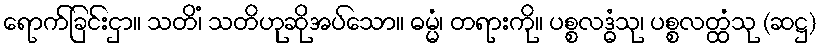
ရောက်ခြင်းငှာ။ သတိံ၊ သတိဟုဆိုအပ်သော။ ဓမ္မံ၊ တရားကို။ ပစ္စလဒ္ဓံသု၊ ပစ္စလတ္ထံသု (ဆဋ္ဌ)